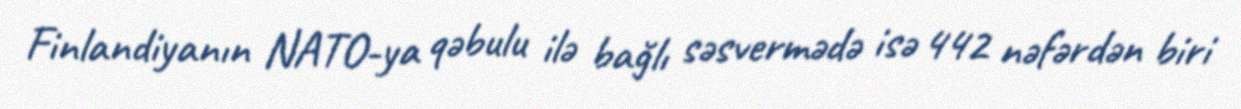
Finlandiyanın NATO-ya qəbulu ilə bağlı səsvermədə isə 442 nəfərdən biri